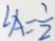
\angle A = \frac { 1 } { 2 }